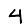
Digit: 4